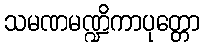
သမဏမဏ္ဍိကာပုတ္တော